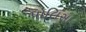
પોલિસા